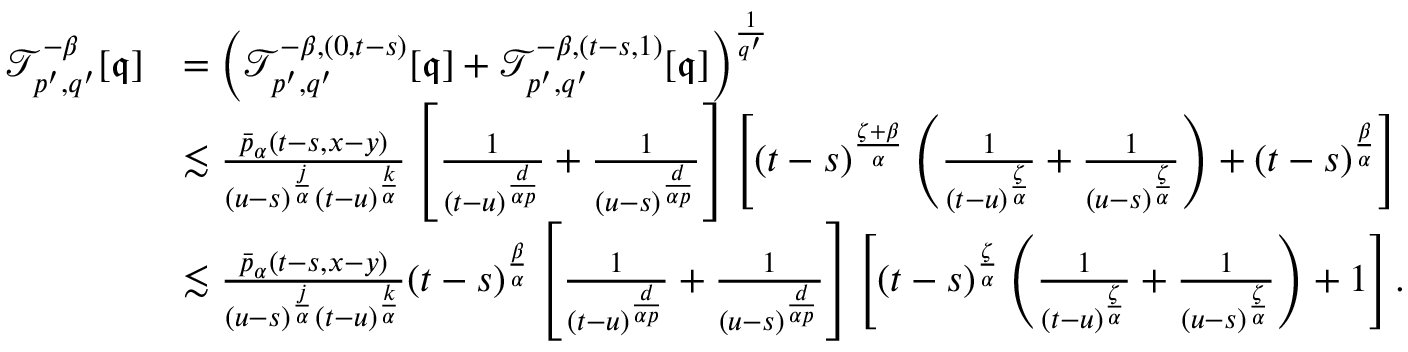
\begin{array} { r l } { \mathcal { T } _ { p ^ { \prime } , q ^ { \prime } } ^ { - \beta } [ \mathfrak { q } ] } & { = \left( \mathcal { T } _ { p ^ { \prime } , q ^ { \prime } } ^ { - \beta , ( 0 , t - s ) } [ \mathfrak { q } ] + \mathcal { T } _ { p ^ { \prime } , q ^ { \prime } } ^ { - \beta , ( t - s , 1 ) } [ \mathfrak { q } ] \right) ^ { \frac { 1 } { q ^ { \prime } } } } \\ & { \lesssim \frac { \bar { p } _ { \alpha } ( t - s , x - y ) } { ( u - s ) ^ { \frac { j } { \alpha } } ( t - u ) ^ { \frac { k } { \alpha } } } \left[ \frac { 1 } { ( t - u ) ^ { \frac { d } { \alpha p } } } + \frac { 1 } { ( u - s ) ^ { \frac { d } { \alpha p } } } \right] \left[ ( t - s ) ^ { \frac { \zeta + \beta } { \alpha } } \left( \frac { 1 } { ( t - u ) ^ { \frac { \zeta } { \alpha } } } + \frac { 1 } { ( u - s ) ^ { \frac { \zeta } { \alpha } } } \right) + ( t - s ) ^ { \frac { \beta } { \alpha } } \right] } \\ & { \lesssim \frac { \bar { p } _ { \alpha } ( t - s , x - y ) } { ( u - s ) ^ { \frac { j } { \alpha } } ( t - u ) ^ { \frac { k } { \alpha } } } ( t - s ) ^ { \frac { \beta } { \alpha } } \left[ \frac { 1 } { ( t - u ) ^ { \frac { d } { \alpha p } } } + \frac { 1 } { ( u - s ) ^ { \frac { d } { \alpha p } } } \right] \left[ ( t - s ) ^ { \frac { \zeta } { \alpha } } \left( \frac { 1 } { ( t - u ) ^ { \frac { \zeta } { \alpha } } } + \frac { 1 } { ( u - s ) ^ { \frac { \zeta } { \alpha } } } \right) + 1 \right] . } \end{array}